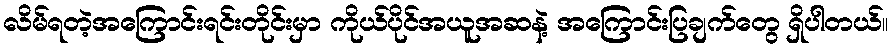
လိမ်ရတဲ့အကြောင်းရင်းတိုင်းမှာ ကိုယ်ပိုင်အယူအဆနဲ့ အကြောင်းပြချက်တွေ ရှိပါတယ်။